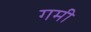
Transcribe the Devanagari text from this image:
गमी